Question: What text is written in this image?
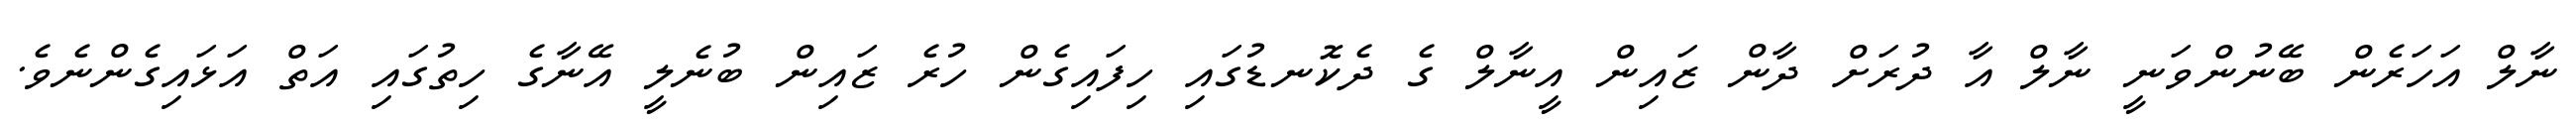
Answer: ނާލް އަހަރެން ބޭނުންވަނީ ނާލް އާ ދުރަށް ދާން ޒައިން އީނާލް ގެ ދެކޮނޑުގައި ހިފައިގެން ހުރެ ޒައިން ބުނެލީ އޭނާގެ ހިތުގައި އަތް އަޅައިގެންނެވެ.